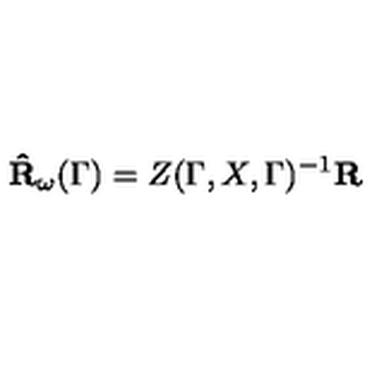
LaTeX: \mathbf { \hat { R } } _ { \omega } ( \Gamma ) = Z ( \Gamma , X , \Gamma ) ^ { - 1 } \mathbf { R }